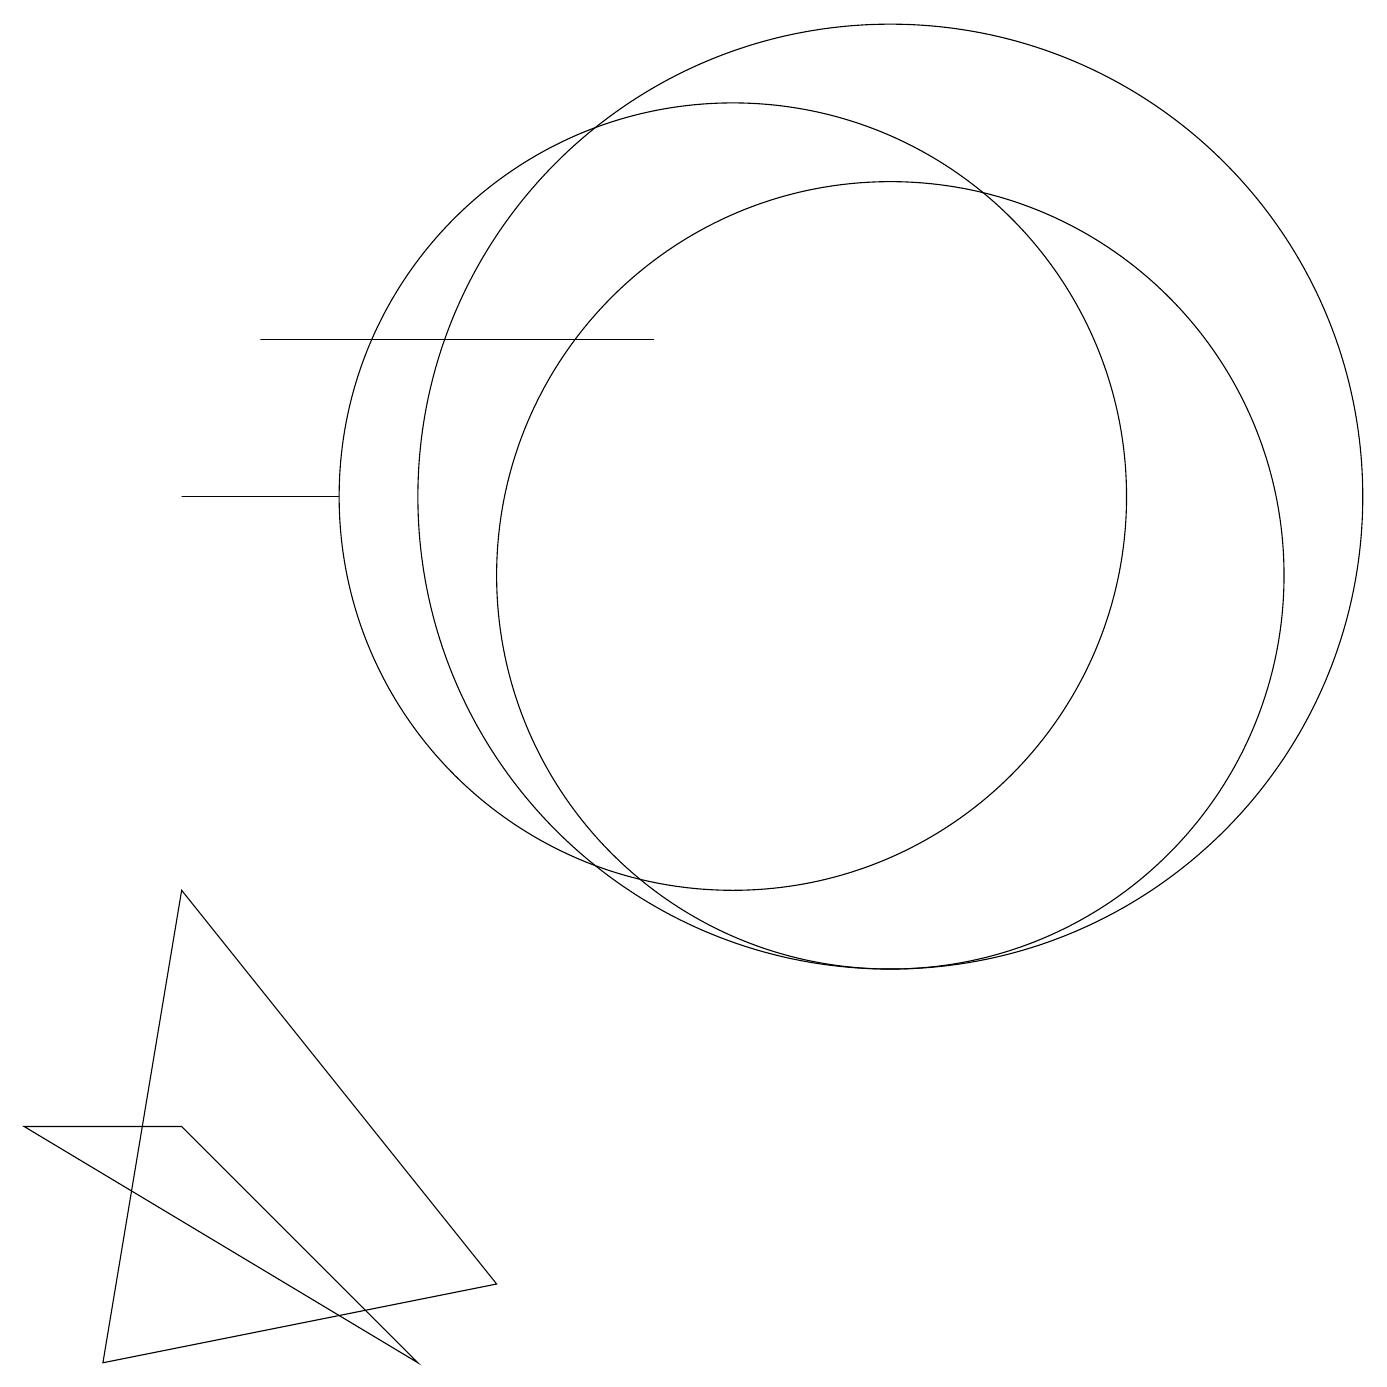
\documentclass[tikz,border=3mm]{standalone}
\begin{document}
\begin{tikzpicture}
\draw (12,10) circle (5);
\draw (9,13) rectangle (4,13);
\draw (6,0) -- (3,3) -- (1,3) -- cycle;
\draw (10,11) circle (5);
\draw (7,1) -- (3,6) -- (2,0) -- cycle;
\draw (12,11) circle (6);
\draw (3,11) rectangle (5,11);
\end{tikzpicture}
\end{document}